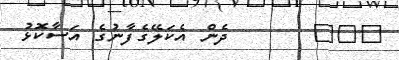
١٠٧       ދެން އެކަލޭގެފާނުގެ އަސާކޮޅު